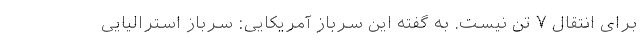
برای انتقال ۷ تن نیست. به گفته این سرباز آمریکایی: سرباز استرالیایی